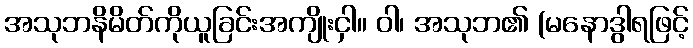
အသုဘနိမိတ်ကိုယူခြင်းအကျိုးငှါ။ ဝါ၊ အသုဘ၏ (မနောဒွါရဖြင့်